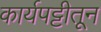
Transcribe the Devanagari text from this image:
कार्यपट्टीतून